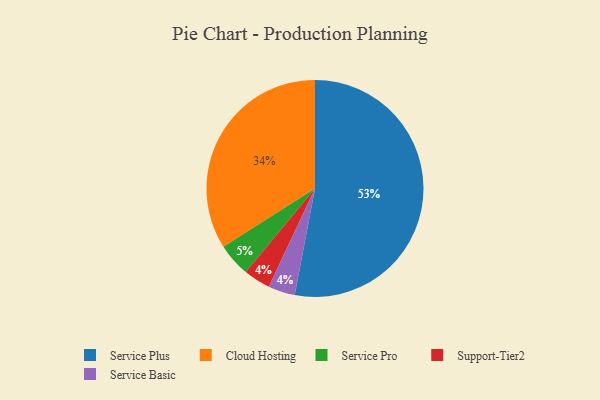
{"axis": {"x": "Category", "y": "Percentage"}, "legend": ["Cloud Hosting", "Service Basic", "Service Plus", "Service Pro", "Support-Tier2"], "data": [{"x": "Cloud Hosting", "y": 34, "type": "Cloud Hosting"}, {"x": "Service Pro", "y": 5, "type": "Service Pro"}, {"x": "Support-Tier2", "y": 4, "type": "Support-Tier2"}, {"x": "Service Plus", "y": 53, "type": "Service Plus"}, {"x": "Service Basic", "y": 4, "type": "Service Basic"}]}